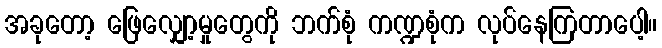
အခုတော့ ဖြေလျှော့မှုတွေကို ဘက်စုံ ကဏ္ဍစုံက လုပ်နေကြတာပေါ့။